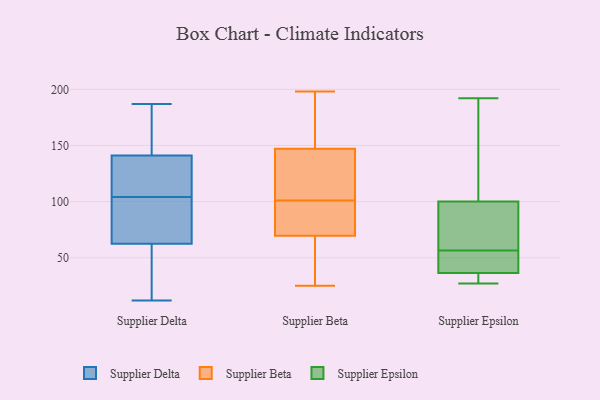
{"axis": {"x": "Waste Production (Tons)", "y": "Value"}, "legend": ["Supplier Beta", "Supplier Delta", "Supplier Epsilon"], "data": [{"x": "", "y": 111, "type": "Supplier Delta"}, {"x": "", "y": 64, "type": "Supplier Delta"}, {"x": "", "y": 33, "type": "Supplier Delta"}, {"x": "", "y": 132, "type": "Supplier Delta"}, {"x": "", "y": 136, "type": "Supplier Delta"}, {"x": "", "y": 140, "type": "Supplier Delta"}, {"x": "", "y": 98, "type": "Supplier Delta"}, {"x": "", "y": 147, "type": "Supplier Delta"}, {"x": "", "y": 22, "type": "Supplier Delta"}, {"x": "", "y": 12, "type": "Supplier Delta"}, {"x": "", "y": 104, "type": "Supplier Delta"}, {"x": "", "y": 82, "type": "Supplier Delta"}, {"x": "", "y": 58, "type": "Supplier Delta"}, {"x": "", "y": 187, "type": "Supplier Delta"}, {"x": "", "y": 144, "type": "Supplier Delta"}, {"x": "", "y": 164, "type": "Supplier Delta"}, {"x": "", "y": 95, "type": "Supplier Delta"}, {"x": "", "y": 26, "type": "Supplier Beta"}, {"x": "", "y": 128, "type": "Supplier Beta"}, {"x": "", "y": 195, "type": "Supplier Beta"}, {"x": "", "y": 69, "type": "Supplier Beta"}, {"x": "", "y": 25, "type": "Supplier Beta"}, {"x": "", "y": 92, "type": "Supplier Beta"}, {"x": "", "y": 198, "type": "Supplier Beta"}, {"x": "", "y": 57, "type": "Supplier Beta"}, {"x": "", "y": 70, "type": "Supplier Beta"}, {"x": "", "y": 116, "type": "Supplier Beta"}, {"x": "", "y": 86, "type": "Supplier Beta"}, {"x": "", "y": 110, "type": "Supplier Beta"}, {"x": "", "y": 159, "type": "Supplier Beta"}, {"x": "", "y": 159, "type": "Supplier Beta"}, {"x": "", "y": 135, "type": "Supplier Beta"}, {"x": "", "y": 79, "type": "Supplier Beta"}, {"x": "", "y": 39, "type": "Supplier Epsilon"}, {"x": "", "y": 29, "type": "Supplier Epsilon"}, {"x": "", "y": 27, "type": "Supplier Epsilon"}, {"x": "", "y": 37, "type": "Supplier Epsilon"}, {"x": "", "y": 129, "type": "Supplier Epsilon"}, {"x": "", "y": 61, "type": "Supplier Epsilon"}, {"x": "", "y": 71, "type": "Supplier Epsilon"}, {"x": "", "y": 67, "type": "Supplier Epsilon"}, {"x": "", "y": 192, "type": "Supplier Epsilon"}, {"x": "", "y": 36, "type": "Supplier Epsilon"}, {"x": "", "y": 52, "type": "Supplier Epsilon"}, {"x": "", "y": 157, "type": "Supplier Epsilon"}]}